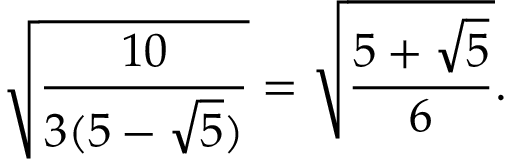
{ \sqrt { \frac { 1 0 } { 3 ( 5 - { \sqrt { 5 } } ) } } } = { \sqrt { \frac { 5 + { \sqrt { 5 } } } { 6 } } } .